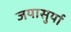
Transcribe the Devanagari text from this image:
जयासुर्या